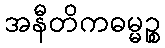
အနီတိကဓမ္မဉ္စ